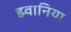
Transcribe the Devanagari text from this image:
झ्वानिया